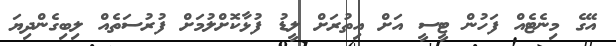
އޭގެ މިނެޓެއް ފަހުން ޓީސީ އަށް އިތުރަށް ލީޑު ފުޅާކޮށްލުމަށް ފުރުސަތެއް ލިބިގެންދިޔަ